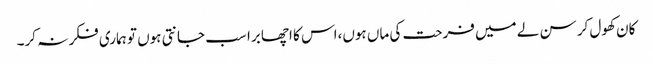
کان کھول کر سن لے میں فرحت کی ماں ہوں،اس کا اچھا برا سب جانتی ہوں تو ہماری فکر نہ کر۔